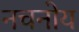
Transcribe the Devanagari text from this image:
नचनोय